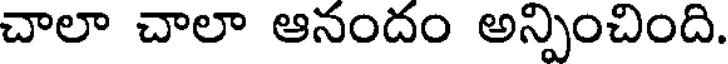
చాలా చాలా ఆనందం అన్పించింది.